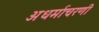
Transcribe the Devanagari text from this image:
अधर्माचरणी